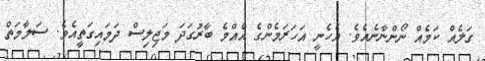
ގަލެއް ކަމެއް ނޯންނާނެއެވެ. އެހެނީ އަހަރަމެންގެ އެއްމެ ބާރުގަދަ މަޖިލިސް ދަމައިގަތީއެވެ. ސަލާމަތް